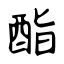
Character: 酯